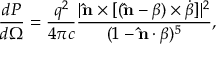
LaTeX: { \frac { d P } { d \Omega } } = { \frac { q ^ { 2 } } { 4 \pi c } } { \frac { | \mathbf { \hat { n } } \times [ ( \mathbf { \hat { n } } - { \boldsymbol { \beta } } ) \times { \dot { \boldsymbol { \beta } } } ] | ^ { 2 } } { ( 1 - \mathbf { \hat { n } } \cdot { \boldsymbol { \beta } } ) ^ { 5 } } } ,